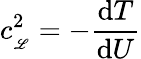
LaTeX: c_{_\mathscr{L}}^{2}=-{\frac{{\mathrm{{d}}T}}{{\mathrm{{d}}U}}}